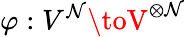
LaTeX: \varphi:V^{\mathcal{N}}\toV^{\otimes\mathcal{N}}